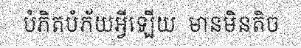
បំភិតបំភ័យអ្វីឡើយ  មានមិនតិច